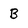
Character: B